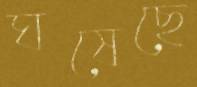
ঘষেছে